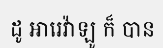
ដូ អារេវ៉ាឡូ ក៏ បាន